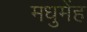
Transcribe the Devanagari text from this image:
मधुमेंह